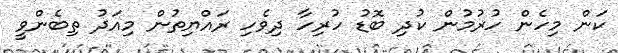
ކަން މިހެން ހުރުމުން ކުދި ބޮޑު ހުރިހާ ދިވެހި ރައްޔިތުން މިއަދު ތިބެންވީ